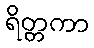
ရိတ္တကာ